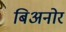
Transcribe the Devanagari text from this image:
बिअनोर